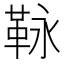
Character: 𩊍